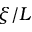
\xi / L